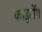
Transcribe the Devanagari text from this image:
काइटोंग